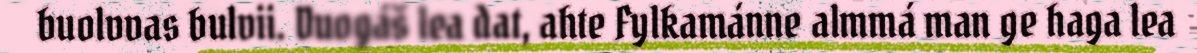
buolvvas bulvii. Duogáš lea dat, ahte Fylkamánne almmá man ge haga lea